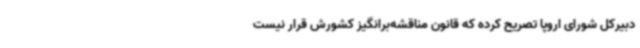
دبیرکل شورای اروپا تصریح کرده که قانون مناقشه‌برانگیز کشورش قرار نیست